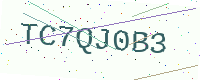
Text: TC7QJ0B3